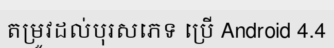
តម្រូវដល់បុរសភេទ ប្រើ Android 4.4